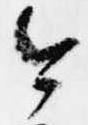
今